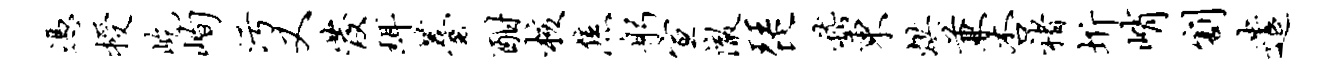
凭授屹峋污又发珥薹酣核焦躬宣澈琵嵇东烘兼杏褚圻峭割遣